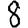
Digit: 8